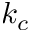
k _ { c }